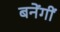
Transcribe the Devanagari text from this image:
बनेंगीं